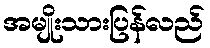
အမျိုးသားပြန်လည်